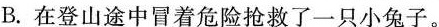
B.在登山途中冒着危险抢救了一只小兔子。